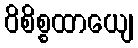
ဝိစိစ္စထာယျေ